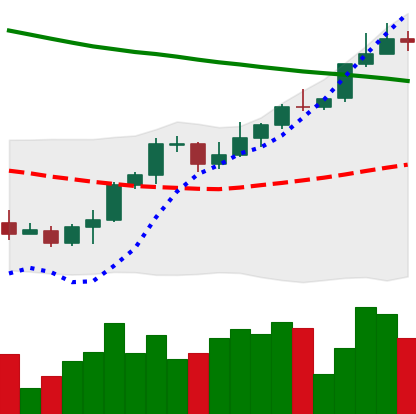
Ticker: ETH-USD
Chart end date: 2022-03-30
Forward return: 4.02%
Label: up_3_5